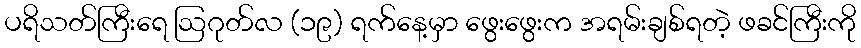
ပရိသတ်ကြီးရေ ဩဂုတ်လ (၁၉) ရက်နေ့မှာ ဖွေးဖွေးက အရမ်းချစ်ရတဲ့ ဖခင်ကြီးကို